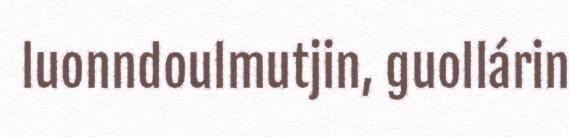
luonndoulmutjin, guollárin